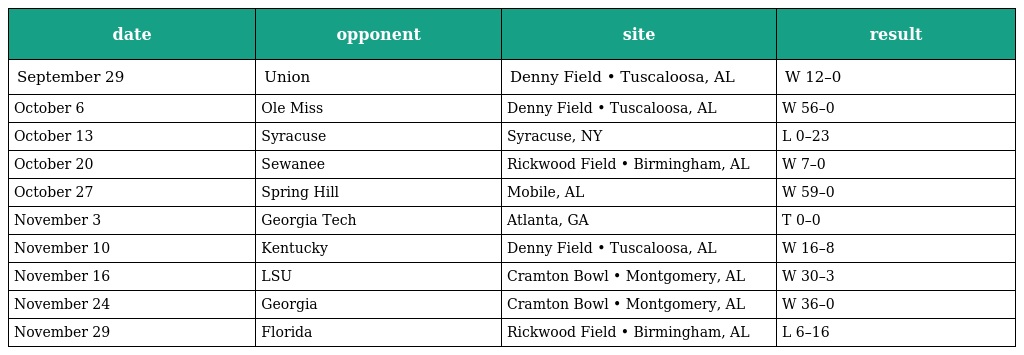
| date | opponent | site | result |
 | --- | --- | --- | --- |
 | September 29 | Union | Denny Field • Tuscaloosa, AL | W 12–0 |
 | October 6 | Ole Miss | Denny Field • Tuscaloosa, AL | W 56–0 |
 | October 13 | Syracuse | Syracuse, NY | L 0–23 |
 | October 20 | Sewanee | Rickwood Field • Birmingham, AL | W 7–0 |
 | October 27 | Spring Hill | Mobile, AL | W 59–0 |
 | November 3 | Georgia Tech | Atlanta, GA | T 0–0 |
 | November 10 | Kentucky | Denny Field • Tuscaloosa, AL | W 16–8 |
 | November 16 | LSU | Cramton Bowl • Montgomery, AL | W 30–3 |
 | November 24 | Georgia | Cramton Bowl • Montgomery, AL | W 36–0 |
 | November 29 | Florida | Rickwood Field • Birmingham, AL | L 6–16 |